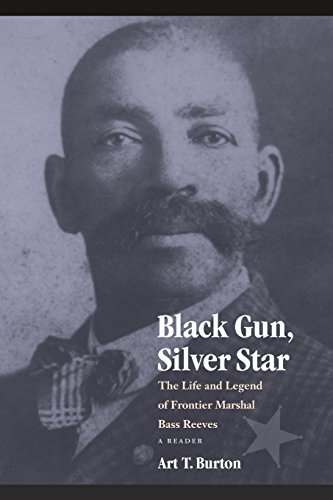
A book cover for Black Gun, Silver Star: The Life and Legend of Frontier Marshal Bass Reeves (Race and Ethnicity in the American West); Art T. Burton; Biographies & Memoirs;